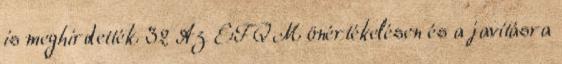
is meghirdették. 32 Az EFQM önértékelésen és a javításra